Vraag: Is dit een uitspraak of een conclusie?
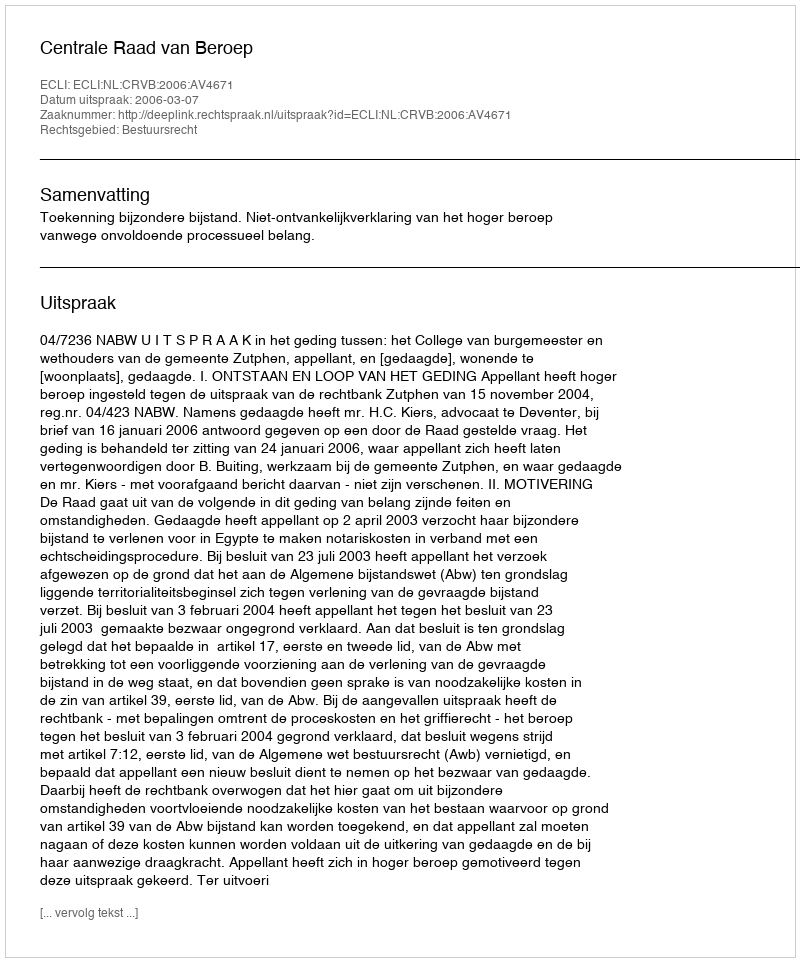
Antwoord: Uitspraak